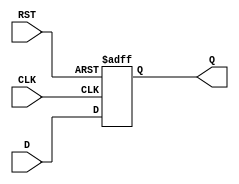
module DataRegister #(
    parameter WIDTH = 8  // Parameter to define the width of the register
) (
    input wire [WIDTH-1:0] D,     // Data Input
    input wire CLK,                // Clock
    input wire RST,                // Reset
    output reg [WIDTH-1:0] Q       // Data Output
);

    // Asynchronous Reset (active-high)
    always @(posedge CLK or posedge RST) begin
        if (RST) begin
            Q <= {WIDTH{1'b0}};  // Reset output to 0
        end else begin
            Q <= D;              // Capture data on clock edge
        end
    end

endmodule